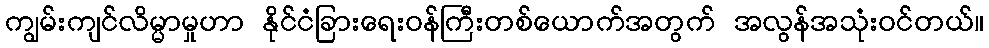
ကျွမ်းကျင်လိမ္မာမှုဟာ နိုင်ငံခြားရေးဝန်ကြီးတစ်ယောက်အတွက် အလွန်အသုံးဝင်တယ်။